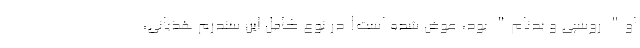
او" روسپی و بدنام" بود، عوض شده است! در نوع کامل این سندرم هذیانی،